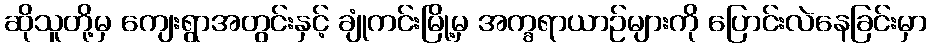
ဆိုသူတို့မှ ကျေးရွာအတွင်းနှင့် ချုံကင်းမြို့မှ အက္ခရာယာဉ်များကို ပြောင်းလဲနေခြင်းမှာ